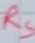
Text: RS